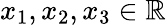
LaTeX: x_{1},x_{2},x_{3}\in\mathbb{R}